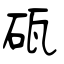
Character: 砙